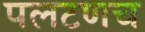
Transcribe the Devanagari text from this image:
पलटणच